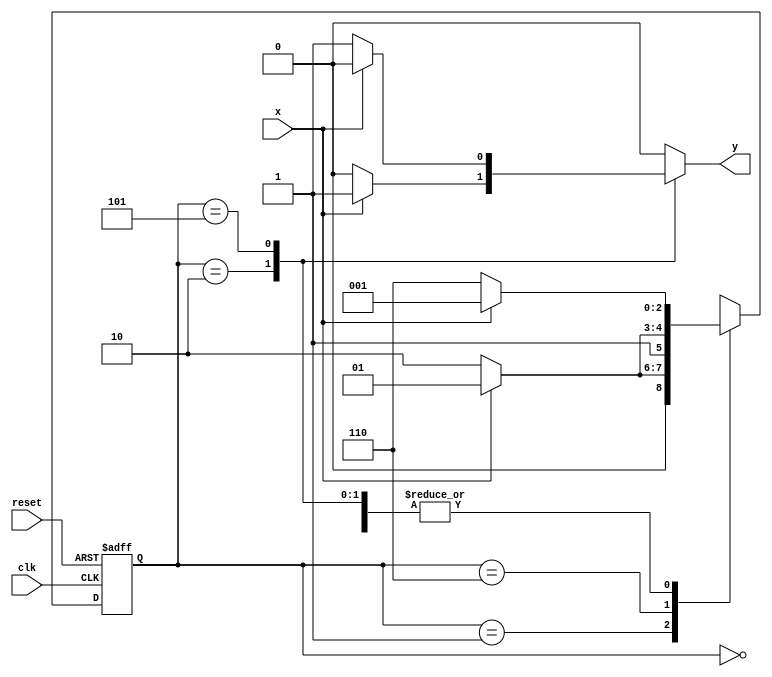
// ARQUITETURA DE cOMPUTADORES - Guia 10 - Exercicio05
//ALUNA : Jessica Luisa Betonico Andrade -  Matricula: 412748




 `define found    1
 `define notfound 0


  module exercicio5 ( y, x, clk, reset );

	output y;
	input  x;
	input  clk;
	input  reset;

	reg    y;

	parameter     
		start  = 3'b000,
		id1    = 3'b001,
		id0    = 3'b110,
		id10   = 3'b010,
		id01   = 3'b101;

	reg [2:0] E1;
	reg [2:0] E2;	

	// next state logic
   always @( x or E1 )
		begin
		y = `notfound;

		case ( E1 )
			start:
				if ( x )
					E2 = id1;
				else
					E2 = id0;
				
			id1:
				if ( x )
					E2 = id1;
				else
					E2 = id10;

			id10:
				if ( x )
				begin
					E2 =  id1;
					y  = `found;
				end
				else
				begin
					E2 =  id0;
					y  = `notfound;
				end
			
			id0:
				if ( x )
					E2 = id01;
				else
					E2 = id0;

			id01:
				if ( x )
				begin
					E2 =  id1;
					y  = `notfound;
				end
				else
				begin
					E2 =  id0;
					y  = `found;
				end
	 
			default:   
				E2 =  3'bxxx;
		endcase
	  
		end 		

	
		always @( posedge clk or negedge reset )
		begin
			if ( reset )
				E1 = E2;    
							else
				E1 = 0;    
		end 

 endmodule 


//--============================================================= TESTE =======================================================================


 module testexercicio5;
	
	reg   clk, reset, x;
	wire  m1;

	exercicio5 M5( m1, x, clk, reset );

	initial
	begin
	 	$display("Aluna: Jessica Betonico" );
		$display("Time \tX   Seq 101|010" );

		 clk   = 1;
       reset = 0;
       x     = 0;

	   #10   reset = 1;
		#10  x = 1;
		#10  x = 0;
		#10  x = 0;
		#10  x = 1;
		#10  x = 0;
		#10  x = 0;
		#10  x = 1;
		#10  x = 0;
		#10  x = 1;
		#10  x = 0;
		#10  x = 0;
		#10  x = 1;
		#10  x = 1;
		#10  x = 0;
		#10  x = 1;
		#10  x = 0;
		#10  x = 0;
		#10  x = 0;
		
		#5 $finish;
	
	end 

	always
		#5 clk = ~clk;

	always @( posedge clk )
	begin
		$display ( "%4d \t%b\t%b", $time, x, m1);
		
	end
endmodule